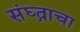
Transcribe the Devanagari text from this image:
संघ्त्नाचा